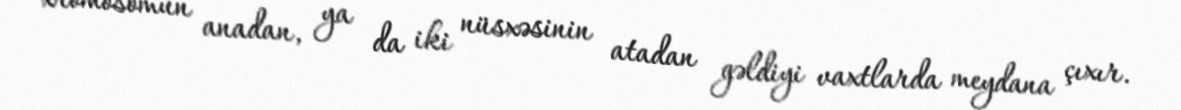
xromosomun anadan, ya da iki nüsxəsinin atadan gəldiyi vaxtlarda meydana çıxır.